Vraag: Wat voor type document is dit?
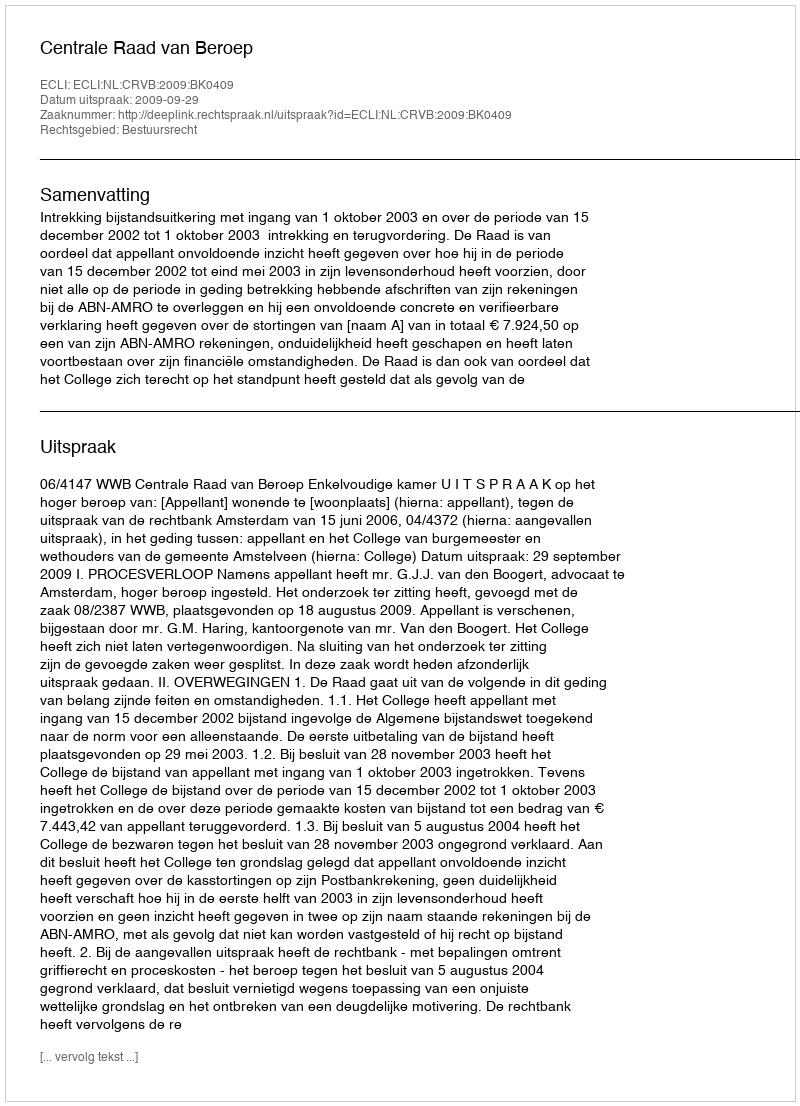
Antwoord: Uitspraak